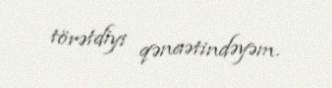
törətdiyi qənaətindəyəm.